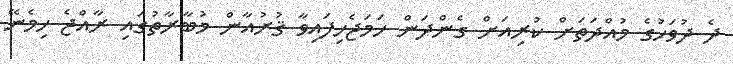
ދެ ދުވަހުގެ މުއްދަތަށް ކުރިއަށް ގެންދަން ހަމަޖެހިފައިވާ ޤުރުއާން މުބާރާތުގައި ރާއްޖެ ހިމެނޭ